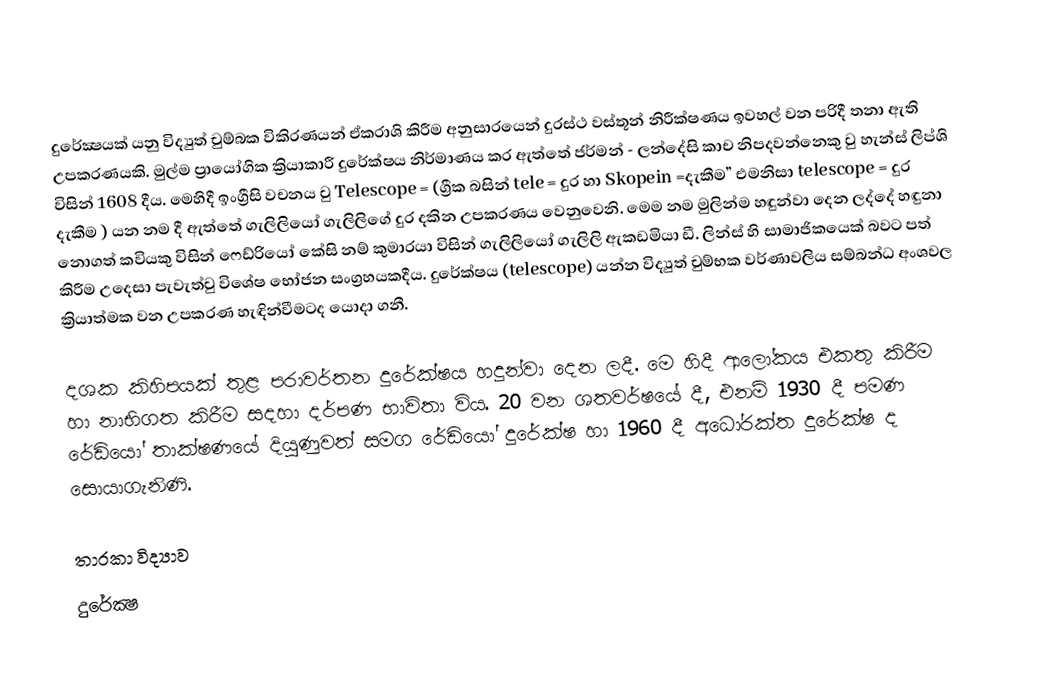
දුරේක්‍ෂයක් යනු විද්‍යුත් චුම්බක විකිරණයන් ඒකරාශි කිරීම අනුසාරයෙන් දුරස්ථ වස්තූන් නිරීක්ෂණය ඉවහල් වන පරිදී තනා ඇති උපකරණයකි. මුල්ම ප්‍රායෝගික ක්‍රියාකාරී දුරේක්ෂය නිර්මාණය කර ඇත්තේ ජර්මන් - ලන්දේසි කාච නිපදවන්නෙකු වු හැන්ස් ලිප්ශි විසින් 1608 දීය. මෙහිදී ඉංග්‍රීසි වචනය වු Telescope = (ග්‍රීක බසින් tele = දුර හා Skopein =දැකීම” එමනිසා telescope = දුර දැකීම ) යන නම දී ඇත්තේ ගැලිලියෝ ගැලිලිගේ දුර දකින උපකරණය වෙනුවෙනි. මෙම නම මුලින්ම හඳුන්වා දෙන ලද්දේ හඳුනා නොගත් කවියකු විසින් ෆෙඩ්රියෝ කේසි නම් කුමා‍රයා විසින් ගැලිලියෝ ගැලිලි ඇකඩමියා ඩී. ලින්ස් හි සාමාජිකයෙක් බවට පත් කිරීම උදෙසා පැවැත්වු විශේෂ භෝජන සංග්‍රහයකදීය. දුරේක්ෂය (telescope) යන්න විද්‍යුත් චුම්භක වර්ණාවලිය සම්බන්ධ අංශවල ක්‍රියාත්මක වන උපකරණ හැඳින්වීමටද යොදා ගනී.

දශක කිහිපයක් තුළ පරාවර්තන දුරේක්ෂය හදුන්වා දෙන ලදී. මෙ හිදී ආලෝකය එකතු කිරීම හා නාභිගත කිරීම සදහා දර්පණ භාවිතා විය. 20 වන ශතවර්ෂයේ දී, එනම් 1930 දී පමණ රේඩියෝ තාක්ෂණයේ දියුණුවත් සමග රේඩියෝ දුරේක්ෂ හා 1960 දී අධෝරක්ත දුරේක්ෂ ද සොයාගැනිණි.

තාරකා විද්‍යාව
දුරේක්‍ෂ